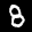
Label: 8